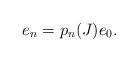
LaTeX: \begin{align*}e_n=p_n(J)e_0.\end{align*}